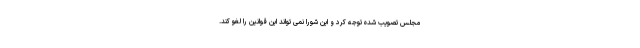
مجلس تصویب شده توجه کرد و این شورا نمی تواند این قوانین را لغو کند.